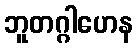
ဘူတဂ္ဂါဟေန